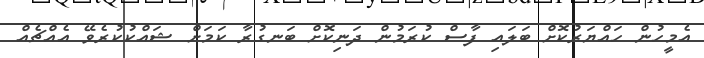
އެމީހުން ހައްޔަރުކޮށް ބަލައި ފާސް ކުރަމުން ދަނިކޮށް ބަނގުރާ ކަމަށް ޝައްކުކުރެވޭ އެއްޗެއް